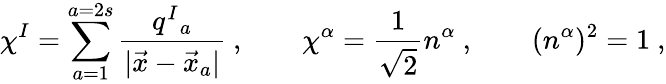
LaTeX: \chi^{I}=\sum_{a=1}^{a=2s}\frac{q^{I}{}_{a}}{|\vec{x}-\vec{x}_{a}|}\ ,\qquad\chi^{\alpha}={\frac{1}{\sqrt 2}}n^{\alpha}\ ,\qquad(n^{\alpha})^{2}=1\ ,